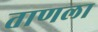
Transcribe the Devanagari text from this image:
ताणला